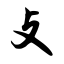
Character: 攴